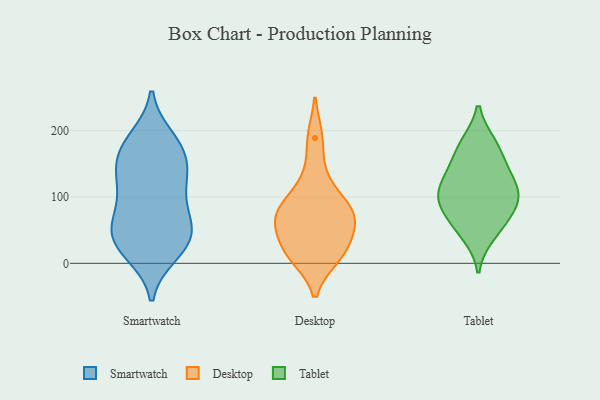
{"axis": {"x": "Bounce Rate (%)", "y": "Value"}, "legend": ["Desktop", "Smartwatch", "Tablet"], "data": [{"x": "", "y": 121, "type": "Smartwatch"}, {"x": "", "y": 28, "type": "Smartwatch"}, {"x": "", "y": 37, "type": "Smartwatch"}, {"x": "", "y": 14, "type": "Smartwatch"}, {"x": "", "y": 144, "type": "Smartwatch"}, {"x": "", "y": 159, "type": "Smartwatch"}, {"x": "", "y": 56, "type": "Smartwatch"}, {"x": "", "y": 169, "type": "Smartwatch"}, {"x": "", "y": 87, "type": "Smartwatch"}, {"x": "", "y": 64, "type": "Smartwatch"}, {"x": "", "y": 102, "type": "Smartwatch"}, {"x": "", "y": 133, "type": "Smartwatch"}, {"x": "", "y": 14, "type": "Smartwatch"}, {"x": "", "y": 189, "type": "Smartwatch"}, {"x": "", "y": 171, "type": "Smartwatch"}, {"x": "", "y": 62, "type": "Smartwatch"}, {"x": "", "y": 45, "type": "Smartwatch"}, {"x": "", "y": 126, "type": "Smartwatch"}, {"x": "", "y": 188, "type": "Smartwatch"}, {"x": "", "y": 38, "type": "Smartwatch"}, {"x": "", "y": 80, "type": "Desktop"}, {"x": "", "y": 91, "type": "Desktop"}, {"x": "", "y": 11, "type": "Desktop"}, {"x": "", "y": 38, "type": "Desktop"}, {"x": "", "y": 73, "type": "Desktop"}, {"x": "", "y": 22, "type": "Desktop"}, {"x": "", "y": 189, "type": "Desktop"}, {"x": "", "y": 67, "type": "Desktop"}, {"x": "", "y": 65, "type": "Desktop"}, {"x": "", "y": 10, "type": "Desktop"}, {"x": "", "y": 129, "type": "Desktop"}, {"x": "", "y": 91, "type": "Tablet"}, {"x": "", "y": 72, "type": "Tablet"}, {"x": "", "y": 57, "type": "Tablet"}, {"x": "", "y": 179, "type": "Tablet"}, {"x": "", "y": 180, "type": "Tablet"}, {"x": "", "y": 43, "type": "Tablet"}, {"x": "", "y": 148, "type": "Tablet"}, {"x": "", "y": 98, "type": "Tablet"}, {"x": "", "y": 122, "type": "Tablet"}, {"x": "", "y": 106, "type": "Tablet"}, {"x": "", "y": 138, "type": "Tablet"}, {"x": "", "y": 101, "type": "Tablet"}]}